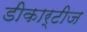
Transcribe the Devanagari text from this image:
डीकार्टीज